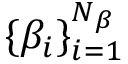
\{ \beta _ { i } \} _ { i = 1 } ^ { N _ { \beta } }